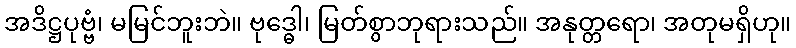
အဒိဋ္ဌပုဗ္ဗံ၊ မမြင်ဘူးဘဲ။ ဗုဒ္ဓေါ၊ မြတ်စွာဘုရားသည်။ အနုတ္တရော၊ အတုမရှိဟု။